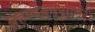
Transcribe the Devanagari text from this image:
ब्रहम्वैवर्त्तपुराण३०